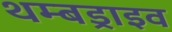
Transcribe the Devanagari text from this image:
थम्बड्राइव